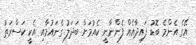
އޭގެ އެންމެ ބޮޑު ފައިދާއެއް ފެންނާނީ ކެއުމަށް ބަދަލު ގެނައުމާއި އެކީ ކަސްރަތު